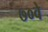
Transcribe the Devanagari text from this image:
७०वे